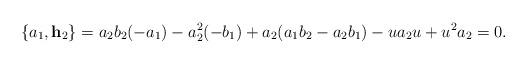
LaTeX: \begin{align*} \{a_1,{\mathbf h}_2\}=a_2b_2(-a_1)-a_2^2(-b_1)+a_2(a_1b_2-a_2b_1)-ua_2u+u^2a_2=0 .\end{align*}